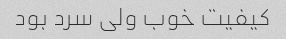
کیفیت خوب ولی سرد بود